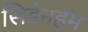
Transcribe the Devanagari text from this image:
सिडेनहेम